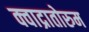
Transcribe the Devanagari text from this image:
क्वाद्रातोरुम